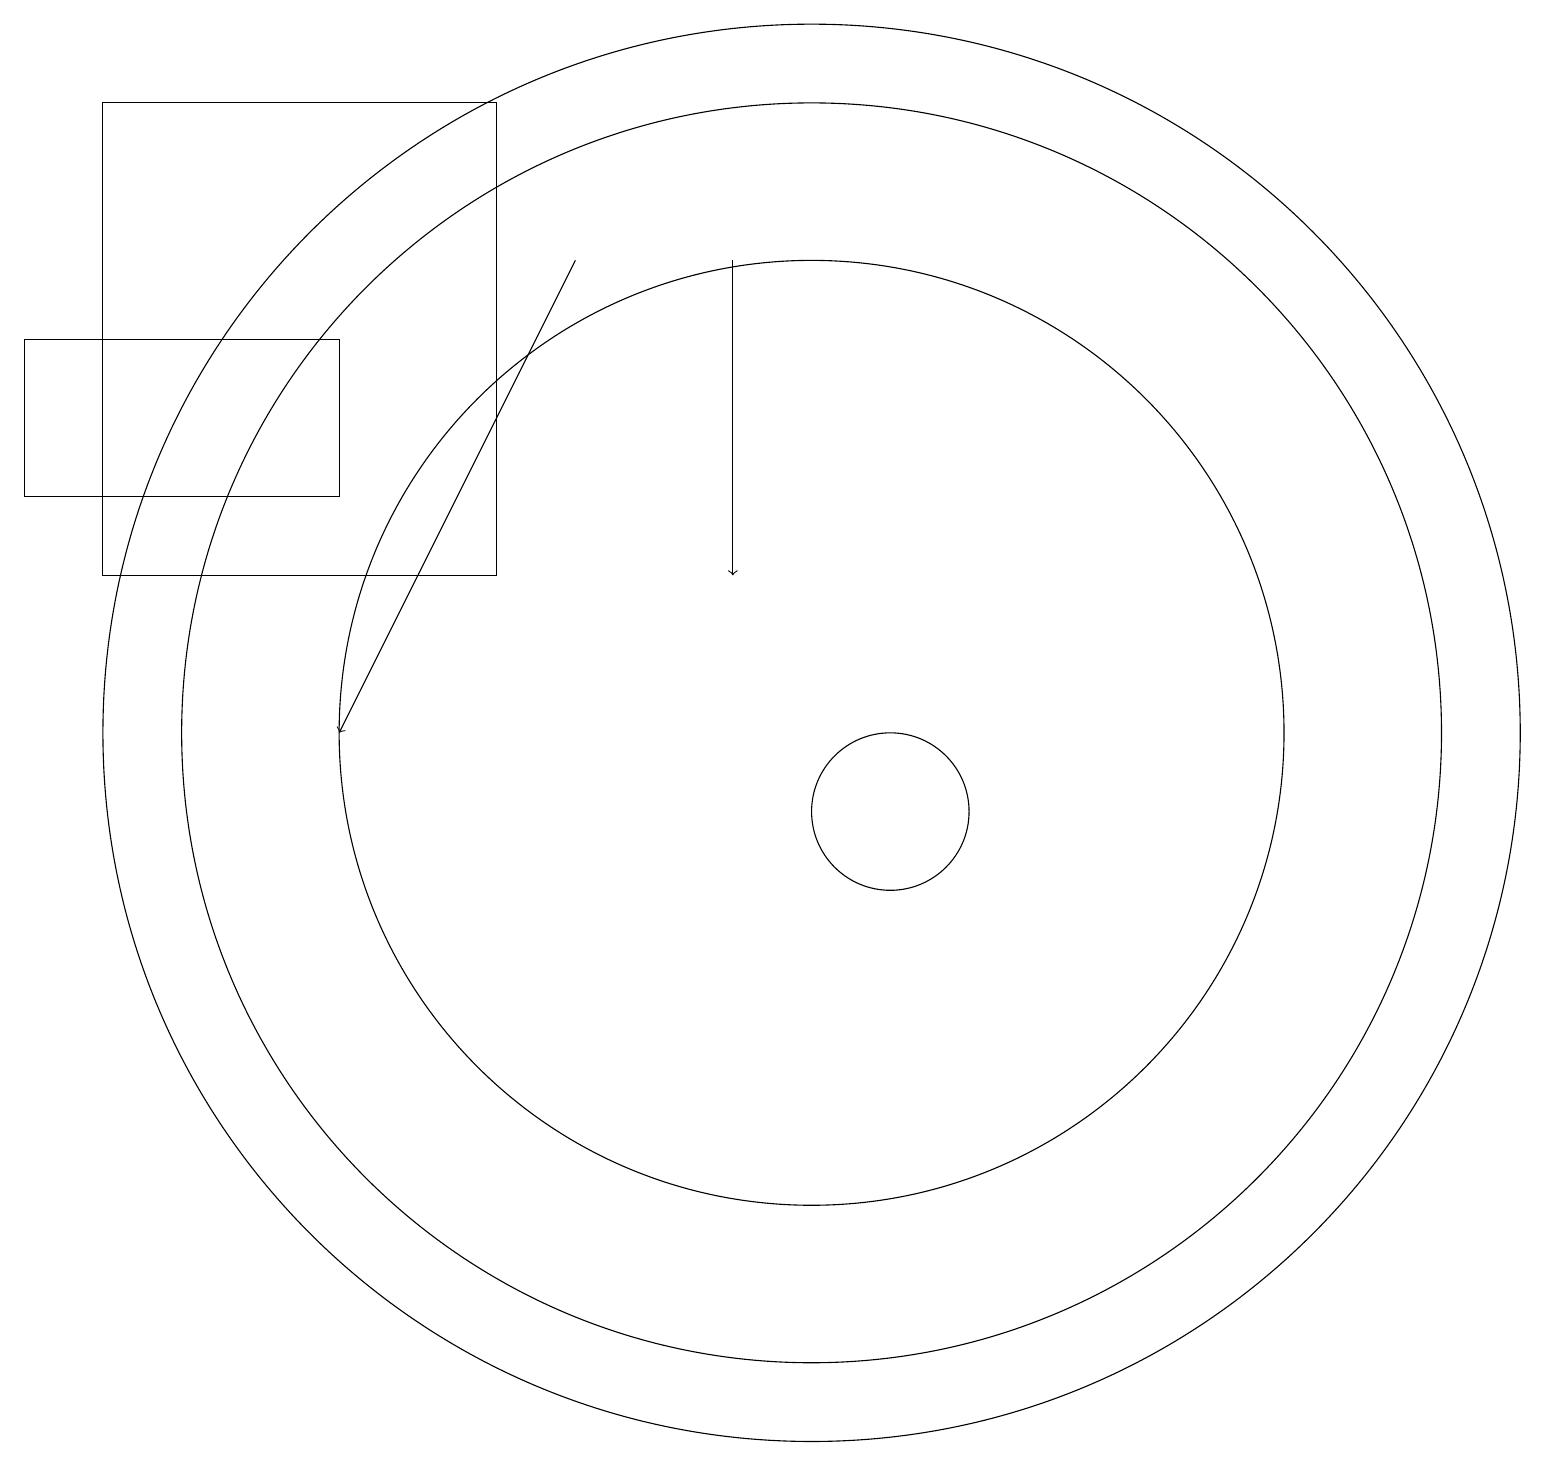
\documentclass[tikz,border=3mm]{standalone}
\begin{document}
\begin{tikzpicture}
\draw (6,13) rectangle (1,19);
\draw (10,11) circle (8);
\draw[->] (9,17) -- (9,13);
\draw (0,16) rectangle (4,14);
\draw (10,11) circle (9);
\draw (10,11) circle (6);
\draw[->] (7,17) -- (4,11);
\draw (11,10) circle (1);
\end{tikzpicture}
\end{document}